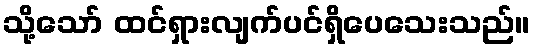
သို့သော် ထင်ရှားလျက်ပင်ရှိပေသေးသည်။